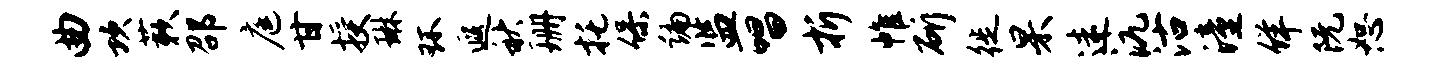
曲坎蔌邵庭甘授琳环遐秋珊托保编监唱折帷斫徙杲迷沆沽潼佯阮恕